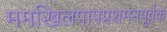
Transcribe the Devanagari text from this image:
ममखिलपापप्रशमनपूर्वक